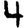
Digit: 4